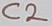
Text: C2